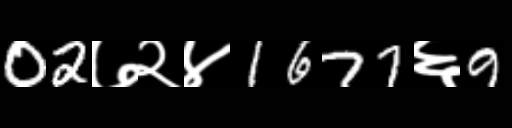
Text: 02७२४1677६9